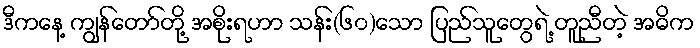
ဒီကနေ့ ကျွန်တော်တို့ အစိုးရဟာ သန်း(၆၀)သော ပြည်သူတွေရဲ့ တူညီတဲ့ အဓိက